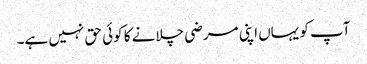
آپ کو یہاں اپنی مرضی چلانے کا کوئی حق نہیں ہے۔